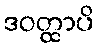
ဒဝတ္ထာပိ